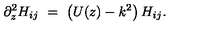
\partial _ { z } ^ { 2 } H _ { i j } \ = \ \left( U ( z ) - k ^ { 2 } \right) H _ { i j } .